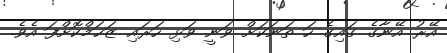
އޭރު އޭނާގެ ގައިގެ ހަ ތަނަކަށް ވަނީ ވަޅި ހަރައި ޒަޚަމްކޮށްފަ އެވެ.